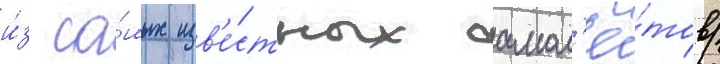
и́з са́мых изв'е́стных самол'ё́тов